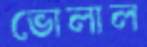
ভোলাল